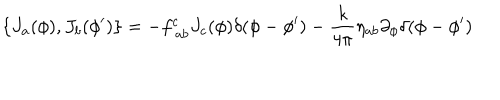
LaTeX: \{ J _ { a } ( \phi ) , J _ { b } ( \phi ^ { \prime } ) \} = - f _ { ~ a b } ^ { c } J _ { c } ( \phi ) \delta ( \phi - \phi ^ { \prime } ) - \frac { k } { 4 \pi } \eta _ { a b } \partial _ { \phi } \delta ( \phi - \phi ^ { \prime } )